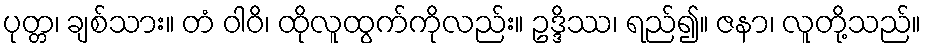
ပုတ္တ၊ ချစ်သား။ တံ ဝါဝိ၊ ထိုလူထွက်ကိုလည်း။ ဥဒ္ဒိဿ၊ ရည်၍။ ဇနာ၊ လူတို့သည်။